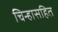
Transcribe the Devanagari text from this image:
चिन्हासहित